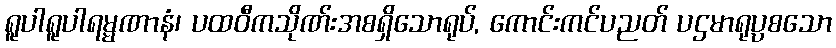
ရူပါရူပါရမ္မဏာနံ၊ ပထဝီကသိုဏ်းအစရှိသောရုပ်, ကောင်းကင်ပညတ် ပဌမာရုပ္ပစသော